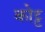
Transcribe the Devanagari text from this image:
कोट्ट